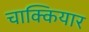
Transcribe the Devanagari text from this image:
चाक्कियार